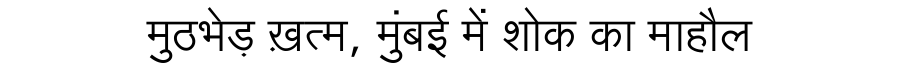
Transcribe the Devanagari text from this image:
मुठभेड़ ख़त्म, मुंबई में शोक का माहौल